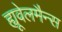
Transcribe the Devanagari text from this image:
ह्यूवेलमैन्स